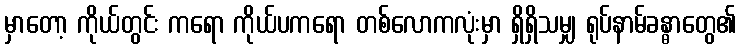
မှာတော့ ကိုယ်တွင်း ကရော ကိုယ်ပကရော တစ်လောကလုံးမှာ ရှိရှိသမျှ ရုပ်နာမ်ခန္ဓာတွေ၏